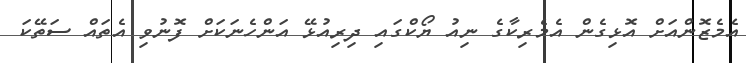
އެމެޒޮންއަށް އޮޅިގެން އެމެރިކާގެ ނިއު ޔޯކްގައި ދިރިއުޅޭ އަންހެނަކަށް ފޮނުވި އެތައް ސަތޭކަ